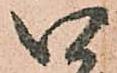
い